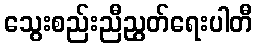
သွေးစည်းညီညွတ်ရေးပါတီ